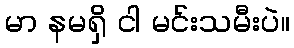
မာ နမရှိ ငါ မင်းသမီးပဲ။